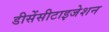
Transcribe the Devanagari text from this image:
डीसेंसीटाइजेशन